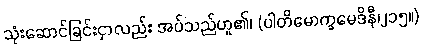
သုံးဆောင်ခြင်းငှာလည်း အပ်သည်ဟူ၏၊ (ပါတိမောက္ခမေဒိနီ၊၂၁၅။)